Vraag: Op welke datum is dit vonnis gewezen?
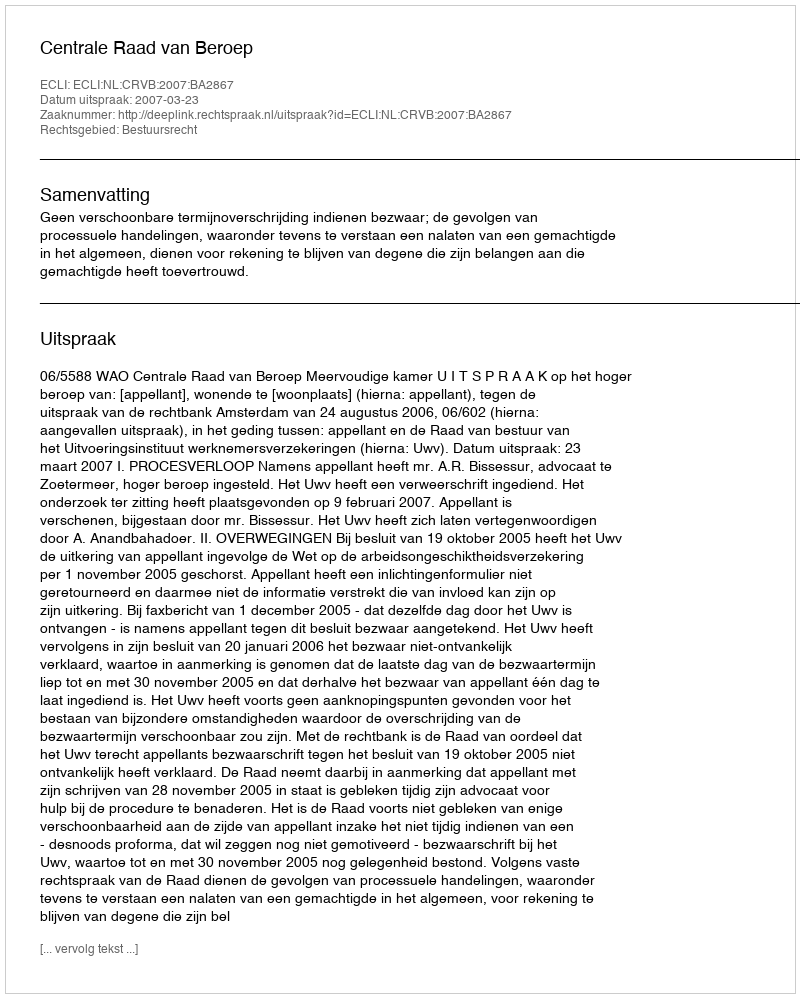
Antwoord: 2007-03-23